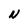
Character: N